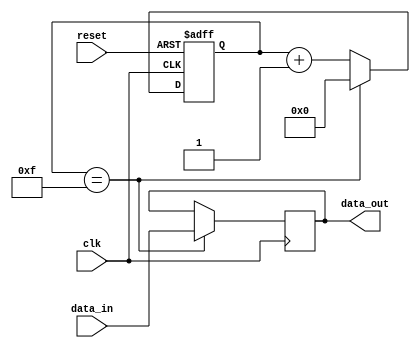
module TG_delay
(
input wire clk,
input wire reset,
input wire data_in,
output reg data_out
);

reg [3:0] delay_count;

always @(posedge clk or posedge reset)
begin
  if (reset)
    delay_count <= 4'b0000;
  else if (delay_count == 4'b1111)
    delay_count <= 4'b0000;
  else
    delay_count <= delay_count + 1;
end

always @(posedge clk)
begin
  if (delay_count == 4'b1111)
    data_out <= data_in;
end

endmodule